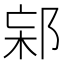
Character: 𨛌